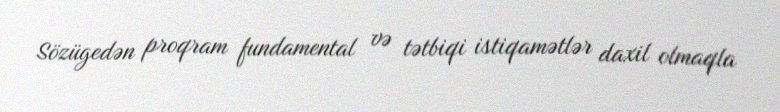
Sözügedən proqram fundamental və tətbiqi istiqamətlər daxil olmaqla